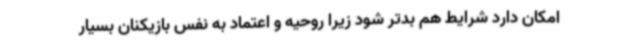
امکان دارد شرایط هم بدتر شود زیرا روحیه و اعتماد به نفس بازیکنان بسیار